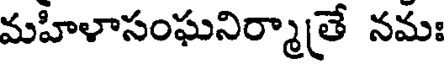
మహిళాసంఘనిర్మాతే నమః